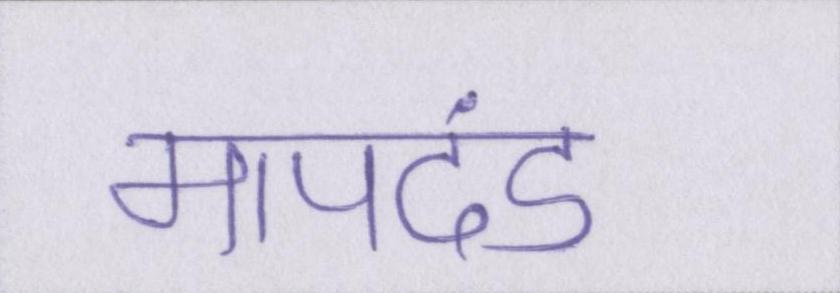
मापदंड